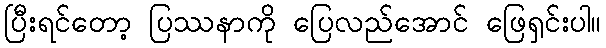
ပြီးရင်တော့ ပြဿနာကို ပြေလည်အောင် ဖြေရှင်းပါ။